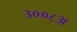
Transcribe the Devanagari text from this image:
३००८अ